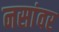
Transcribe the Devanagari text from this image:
नसांवर